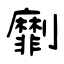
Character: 劘